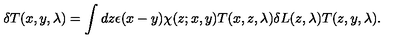
\delta T ( x , y , \lambda ) = \int d z \epsilon ( x - y ) \chi ( z ; x , y ) T ( x , z , \lambda ) \delta L ( z , \lambda ) T ( z , y , \lambda ) .